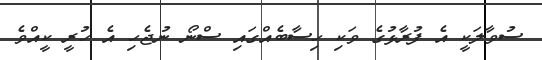
ސުވާލަކީ އެ ފުރާޅުގެ ވަކި ހިސާބެއްގައި ސްނޯ ނުޖެހި އެ ހުރީ ކީއްވެ